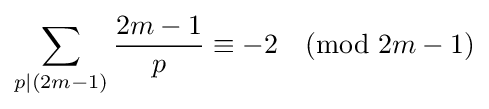
\sum _{p|(2m-1)}{\frac {2m-1}{p}}\equiv -2{\pmod {2m-1}}